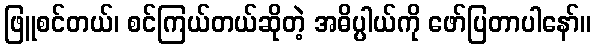
ဖြူစင်တယ်၊ စင်ကြယ်တယ်ဆိုတဲ့ အဓိပ္ပါယ်ကို ဖော်ပြတာပါနော်။